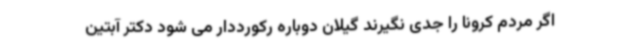
اگر مردم کرونا را جدی نگیرند گیلان دوباره رکورددار می شود دکتر آبتین